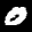
Label: 0